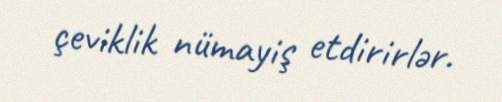
çeviklik nümayiş etdirirlər.